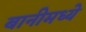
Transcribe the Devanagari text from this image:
बानीमध्ये